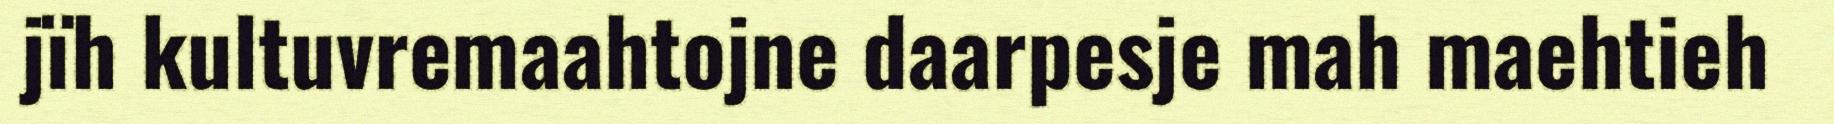
jïh kultuvremaahtojne daarpesje mah maehtieh